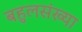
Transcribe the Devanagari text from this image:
बहुलसंख्या